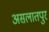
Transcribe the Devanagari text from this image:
असलातपुर